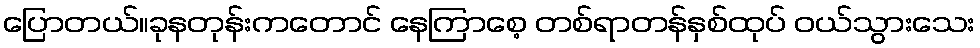
ပြောတယ်။ခုနတုန်းကတောင် နေကြာစေ့ တစ်ရာတန်နှစ်ထုပ် ဝယ်သွားသေး